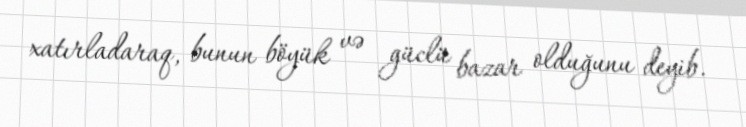
xatırladaraq, bunun böyük və güclü bazar olduğunu deyib.